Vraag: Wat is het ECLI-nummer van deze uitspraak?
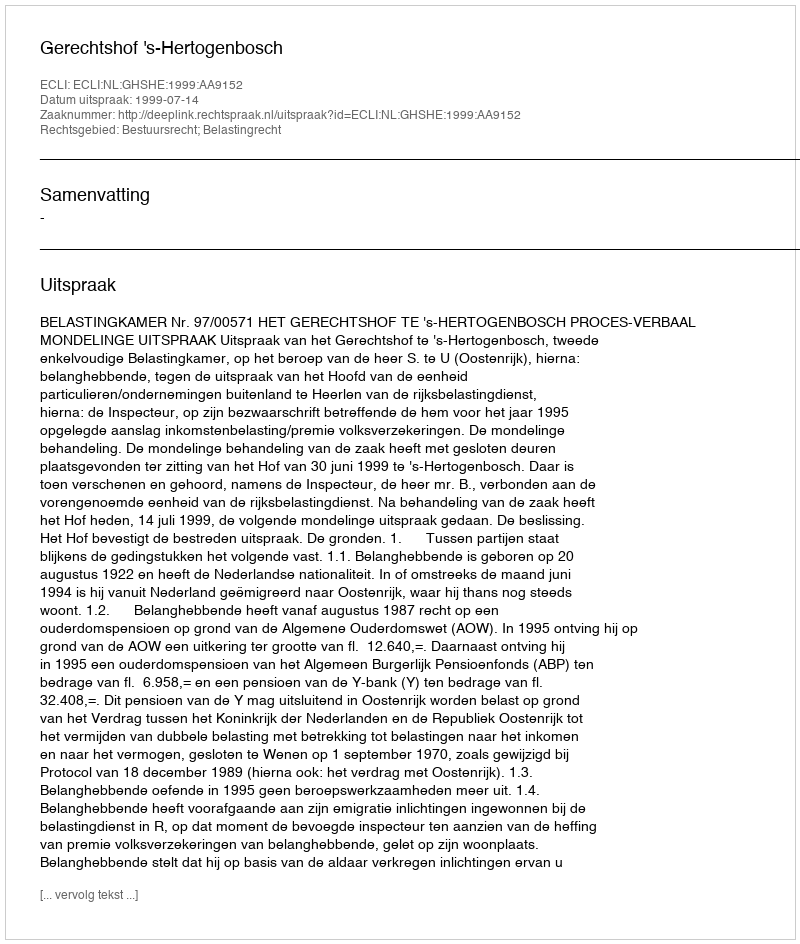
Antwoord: ECLI:NL:GHSHE:1999:AA9152